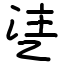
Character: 乼